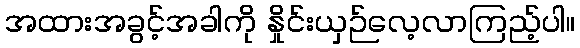
အထားအခွင့်အခါကို နှိုင်းယှဉ်လေ့လာကြည့်ပါ။